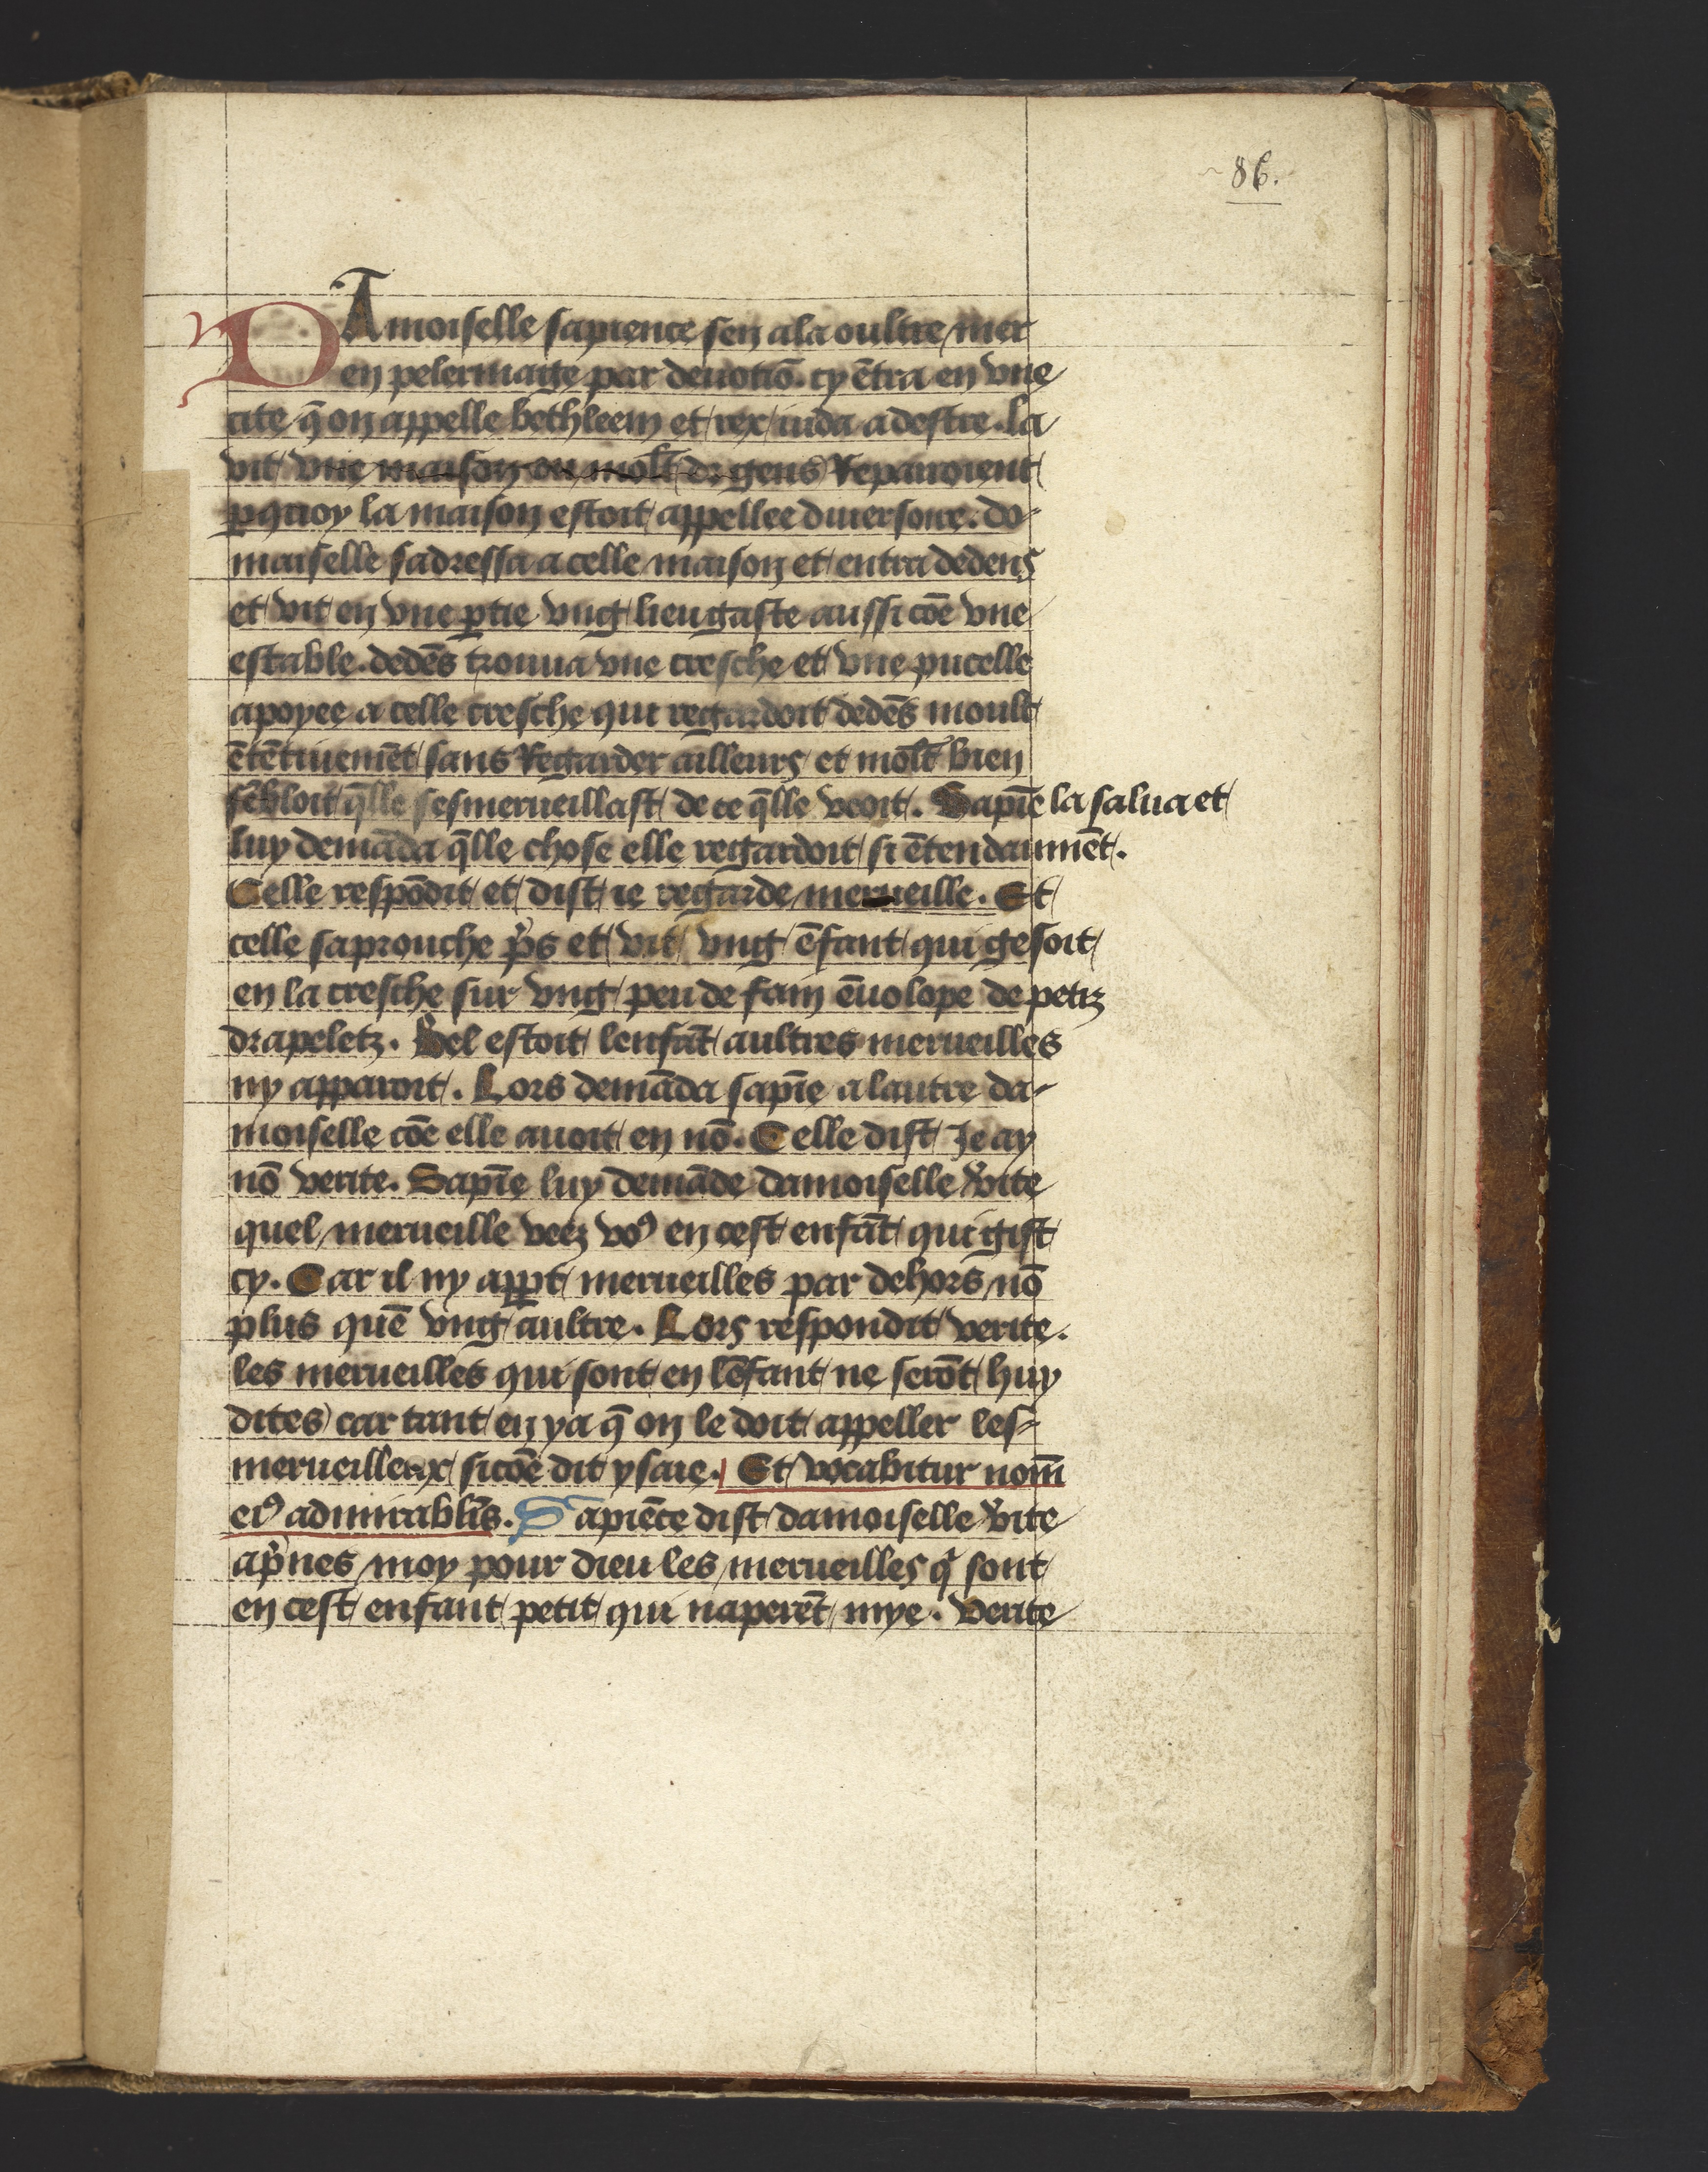
Shelfmark: Philadelphia, University of Pennsylvania, Ms. Codex 660
Century: 14